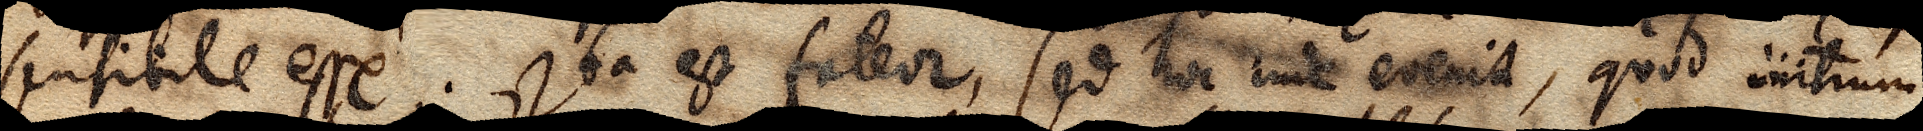
sensibile esse. Ita est fateor, sed hoc inde evenit, quod initium